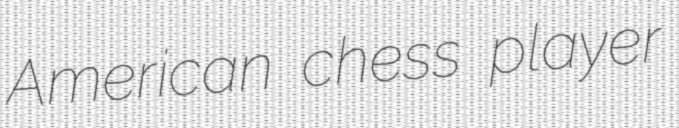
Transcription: American chess player